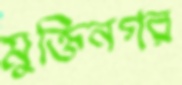
মুক্তিনগর